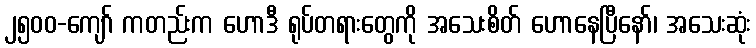
၂၅၀၀-ကျော် ကတည်းက ဟောဒီ ရုပ်တရားတွေကို အသေးစိတ် ဟောနေပြီနော်၊ အသေးဆုံး